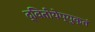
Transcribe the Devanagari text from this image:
द्वितीयेप्युक्तं